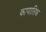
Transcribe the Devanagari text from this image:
कापातिक